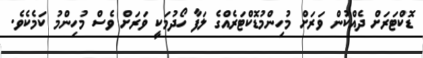
ޑޮކްޓަރަށް ދެއްކުން ވަރަށް މުހިންމުޑޮކްޓަރެއްގެ ލަފާ ހޯދުމަކީ ވަރަށް ވެސް މުހިންމު ކަމެކެވެ.